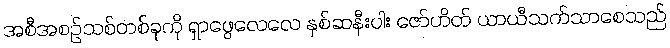
အစီအစဉ်သစ်တစ်ခုကို ရှာဖွေလေလေ နှစ်ဆနီးပါး ဇော်ဟိတ် ယာယီသက်သာစေသည်